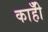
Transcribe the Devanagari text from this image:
काहीँ